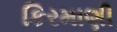
કિરમાણી